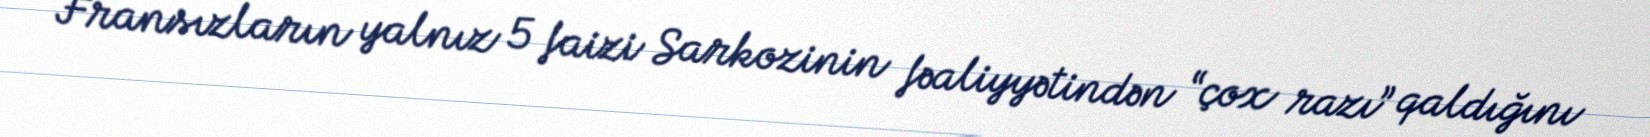
Fransızların yalnız 5 faizi Sarkozinin fəaliyyətindən “çox razı” qaldığını